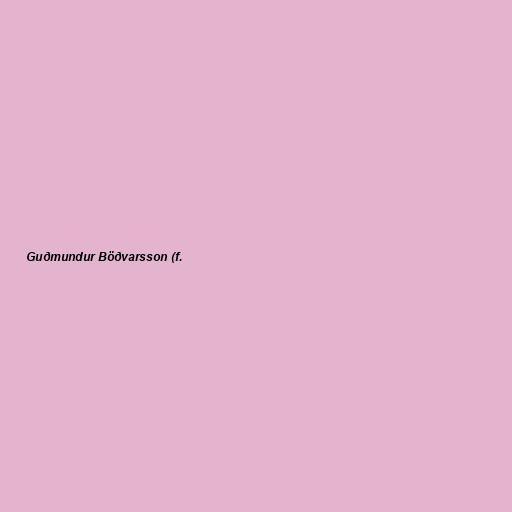
Guðmundur Böðvarsson (f.